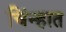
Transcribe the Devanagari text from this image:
चिंन्हात